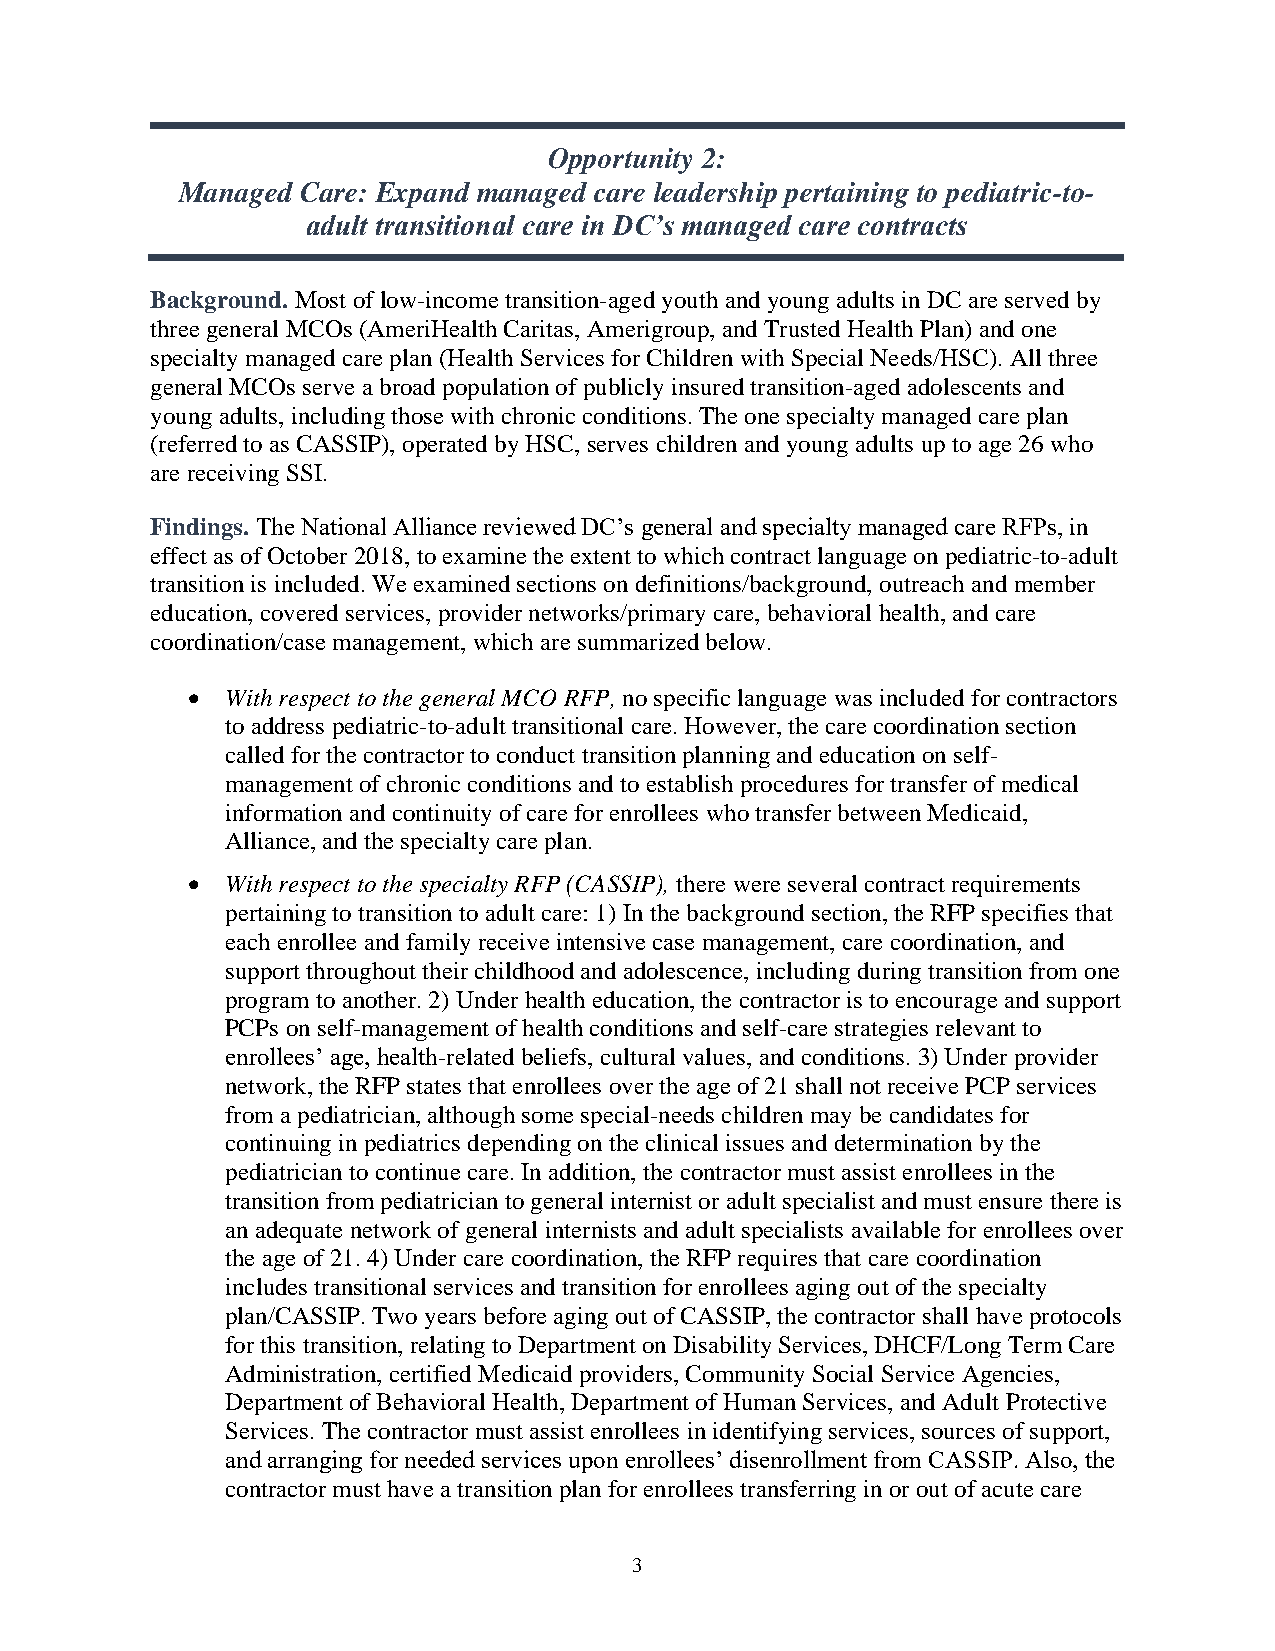
Opportunity 2:
 Managed Care: Expand managed care leadership pertaining to pediatric-to-
 adult transitional care in DC’s managed care contracts
 Background. Most of low-income transition-aged youth and young adults in DC are served by
 three general MCOs (AmeriHealth Caritas, Amerigroup, and Trusted Health Plan) and one
 specialty managed care plan (Health Services for Children with Special Needs/HSC). All three
 general MCOs serve a broad population of publicly insured transition-aged adolescents and
 young adults, including those with chronic conditions. The one specialty managed care plan
 (referred to as CASSIP), operated by HSC, serves children and young adults up to age 26 who
 are receiving SSI.
 Findings. The National Alliance reviewed DC’s general and specialty managed care RFPs, in
 effect as of October 2018, to examine the extent to which contract language on pediatric-to-adult
 transition is included. We examined sections on definitions/background, outreach and member
 education, covered services, provider networks/primary care, behavioral health, and care
 coordination/case management, which are summarized below.
 •  With respect to the general MCO RFP, no specific language was included for contractors
 to address pediatric-to-adult transitional care. However, the care coordination section
 called for the contractor to conduct transition planning and education on self-
 management of chronic conditions and to establish procedures for transfer of medical
 information and continuity of care for enrollees who transfer between Medicaid,
 Alliance, and the specialty care plan.
 •  With respect to the specialty RFP (CASSIP), there were several contract requirements
 pertaining to transition to adult care: 1) In the background section, the RFP specifies that
 each enrollee and family receive intensive case management, care coordination, and
 support throughout their childhood and adolescence, including during transition from one
 program to another. 2) Under health education, the contractor is to encourage and support
 PCPs on self-management of health conditions and self-care strategies relevant to
 enrollees’ age, health-related beliefs, cultural values, and conditions. 3) Under provider
 network, the RFP states that enrollees over the age of 21 shall not receive PCP services
 from a pediatrician, although some special-needs children may be candidates for
 continuing in pediatrics depending on the clinical issues and determination by the
 pediatrician to continue care. In addition, the contractor must assist enrollees in the
 transition from pediatrician to general internist or adult specialist and must ensure there is
 an adequate network of general internists and adult specialists available for enrollees over
 the age of 21. 4) Under care coordination, the RFP requires that care coordination
 includes transitional services and transition for enrollees aging out of the specialty
 plan/CASSIP. Two years before aging out of CASSIP, the contractor shall have protocols
 for this transition, relating to Department on Disability Services, DHCF/Long Term Care
 Administration, certified Medicaid providers, Community Social Service Agencies,
 Department of Behavioral Health, Department of Human Services, and Adult Protective
 Services. The contractor must assist enrollees in identifying services, sources of support,
 and arranging for needed services upon enrollees’ disenrollment from CASSIP. Also, the
 contractor must have a transition plan for enrollees transferring in or out of acute care
 3